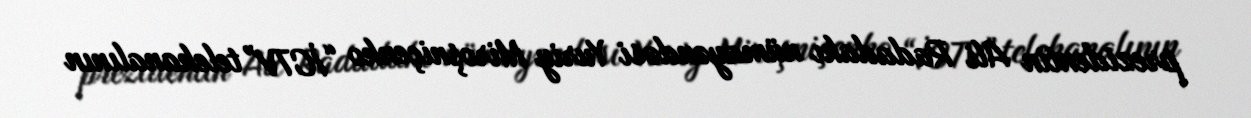
prezidentin Ali Radadakı nümayəndəsi Yuriy Miroşniçenko “İCTV” telekanalının